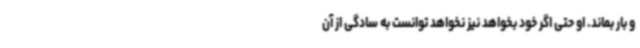
و بار بماند. او حتی اگر خود بخواهد نیز نخواهد توانست به سادگی از آن